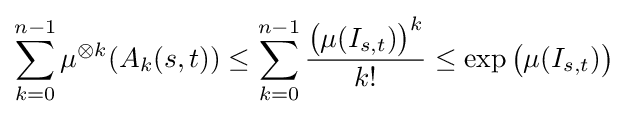
\sum _{k=0}^{n-1}\mu ^{\otimes k}(A_{k}(s,t))\leq \sum _{k=0}^{n-1}{\frac {{\bigl (}\mu (I_{s,t}){\bigr )}^{k}}{k!}}\leq \exp {\bigl (}\mu (I_{s,t}){\bigr )}